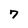
Character: 7